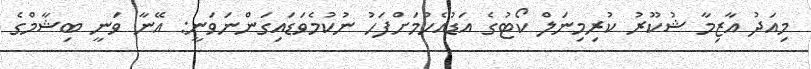
މިއަދު އާޒިމާ ޝުކޫރު ކުރިމިނަލް ކޯޓުގެ އަޑުއެހުމަށްފަހު ނުކުމެވަޑައިގަންނަވަނީ: އޭނާ ވަނީ ބިޝާމްގެ